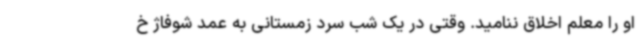
او را معلم اخلاق ننامید. وقتی در یک شب سرد زمستانی به عمد شوفاژ خ